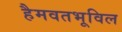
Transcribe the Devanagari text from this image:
हैमवतभूविल